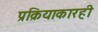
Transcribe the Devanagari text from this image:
प्रक्रियाकारही